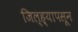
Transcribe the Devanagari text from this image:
जिल्ह्यापसून